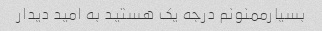
بسیارممنونم درجه یک هستید به امید دیدار